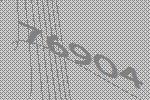
76904